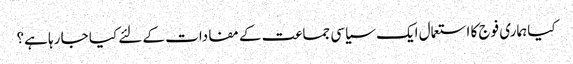
کیا ہماری فوج کا استعمال ایک سیاسی جماعت کے مفادات کے لئے کیا جا رہا ہے؟